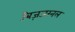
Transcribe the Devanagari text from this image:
बि़ज़जरनल